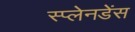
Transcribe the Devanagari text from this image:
स्प्लेनडेंस